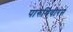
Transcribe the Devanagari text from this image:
पारुथिवीरन